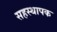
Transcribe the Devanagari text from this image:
सहस्थापक